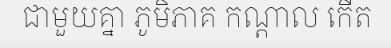
ជាមួយគ្នា ភូមិភាគ កណ្តាល កើត